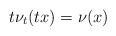
LaTeX: \begin{align*}t\nu_t(tx)=\nu(x)\end{align*}